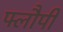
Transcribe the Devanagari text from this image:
फ्लौपी